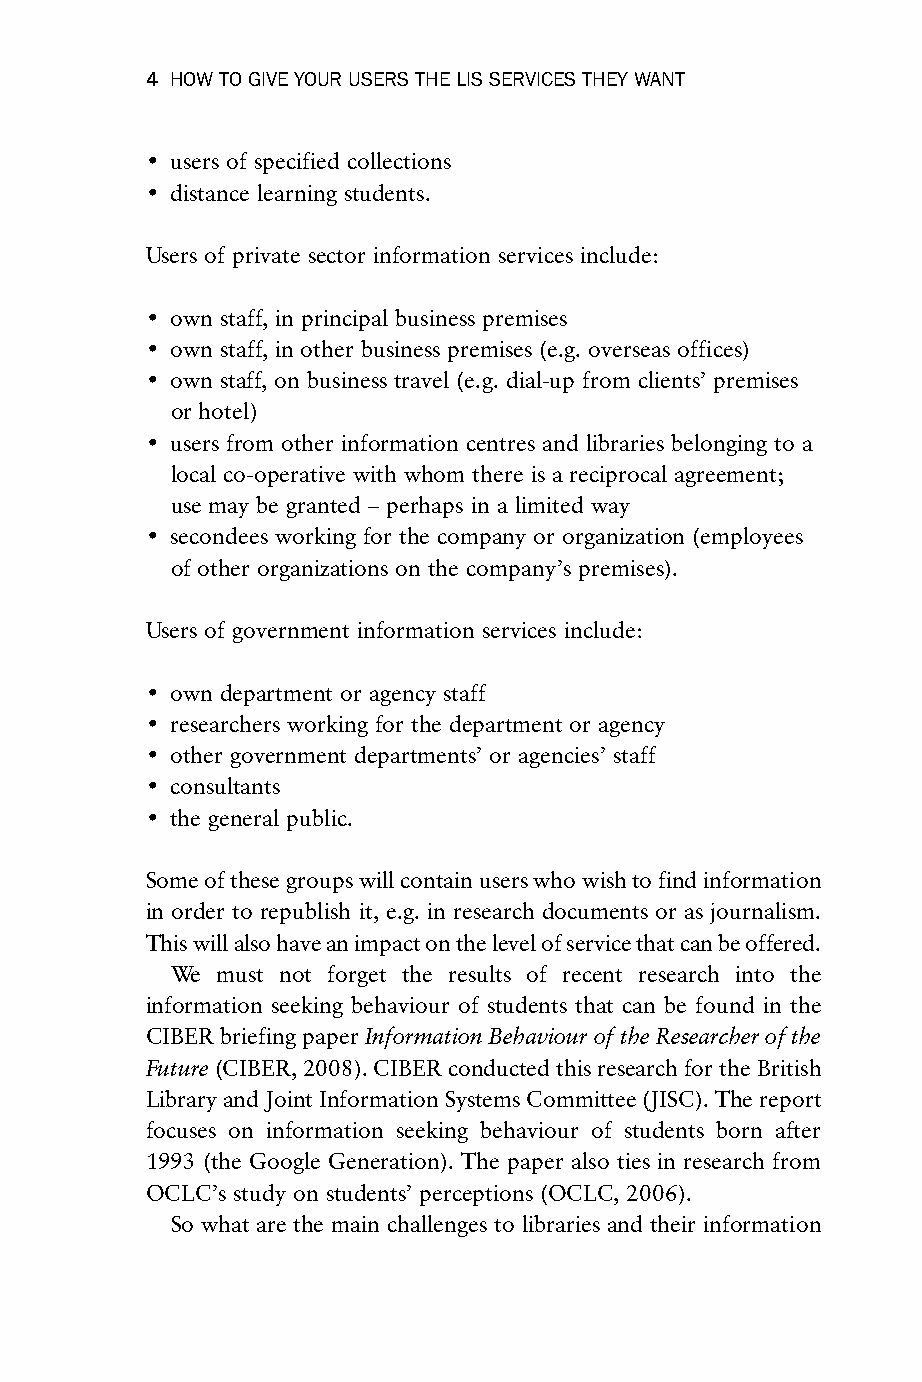
4 HOW TO GIVE YOUR USERS THE LIS SERVICES THEY WANT
 • users of specified collections
 • distance learning students.
 Users of private sector information services include:
 • own staff, in principal business premises
 • own staff, in other business premises (e.g. overseas offices)
 • own staff, on business travel (e.g. dial-up from clients’ premises
 or hotel)
 • users from other information centres and libraries belonging to a
 local co-operative with whom there is a reciprocal agreement;
 use may be granted – perhaps in a limited way
 • secondees working for the company or organization (employees
 of other organizations on the company’s premises).
 Users of government information services include:
 • own department or agency staff
 • researchers working for the department or agency
 • other government departments’ or agencies’ staff
 • consultants
 • the general public.
 Some of these groups will contain users who wish to find information
 in order to republish it, e.g. in research documents or as journalism.
 This will also have an impact on the level of service that can be offered.
 We must not forget the results of recent research into the
 information seeking behaviour of students that can be found in the
 CIBER briefing paper Information Behaviour of the Researcher of the
 Future (CIBER, 2008). CIBER conducted this research for the British
 Library and Joint Information Systems Committee (JISC). The report
 focuses on information seeking behaviour of students born after
 1993 (the Google Generation). The paper also ties in research from
 OCLC’s study on students’ perceptions (OCLC, 2006).
 So what are the main challenges to libraries and their information